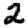
Digit: 2